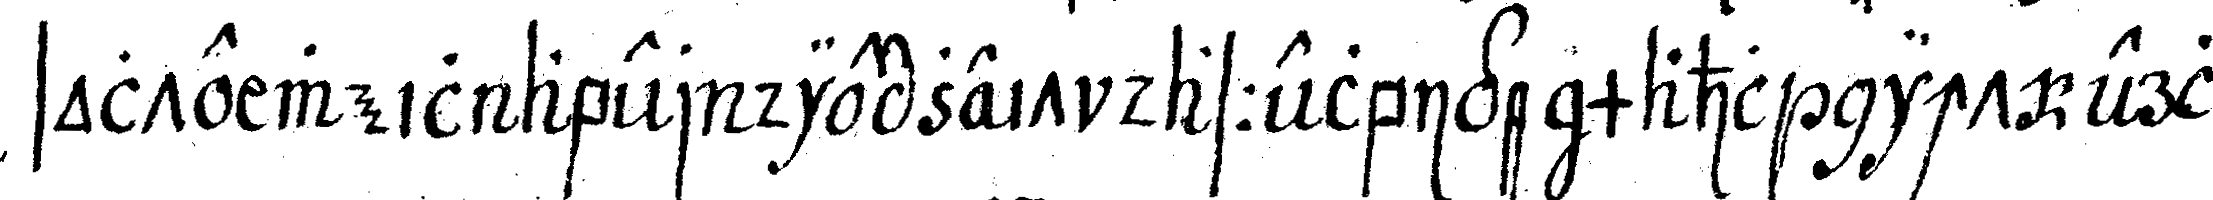
solte weil aber die zeit dasselbige mahl nicht erl